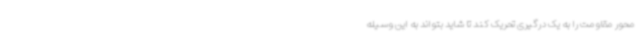
محور مقاومت را به یک درگیری تحریک کند تا شاید بتواند به این وسیله